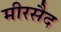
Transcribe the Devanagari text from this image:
मीरसैद